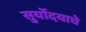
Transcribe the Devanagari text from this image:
सुर्योदयाचे